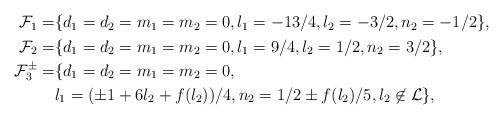
LaTeX: \begin{align*}\begin{aligned}\mathcal{F}_1=&\{d_1=d_2=m_1=m_2= 0,l_1=-13/4,l_2=-3/2,n_2=-1/2\},\\\mathcal{F}_2=&\{d_1=d_2=m_1=m_2= 0,l_1=9/4,l_2=1/2,n_2=3/2\},\\\mathcal{F}_3^\pm=&\{d_1=d_2=m_1=m_2= 0,\\&l_1=(\pm 1+6 l_2+f(l_2))/4,n_2= 1/2\pm f(l_2)/5,l_2\not\in \mathcal{L}\},\end{aligned}\end{align*}